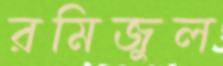
রমিজুল